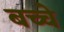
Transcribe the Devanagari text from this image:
बच्चे